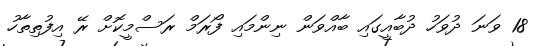
18 ވަނަ ދުވަހު ދުބާއީގައި ބާއްވަން ނިންމައި ފޯރަމް ރަސްމީކޮށް ރޭ އިފުތިތާހު